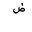
Letter: _dad